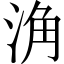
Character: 𱦨